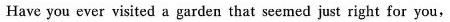
Have you ever visited a garden that seemed just right for you,